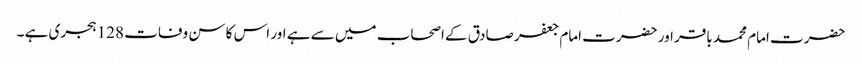
حضرت امام محمد باقر اور حضرت امام جعفر صادق کے اصحاب میں سے ہے اور اس کا سن وفات 128 ہجری ہے ۔